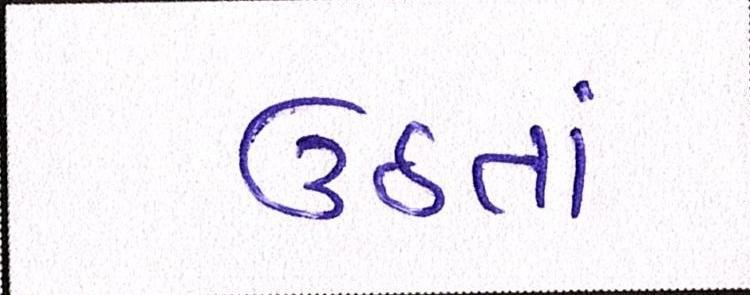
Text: ઉઠતાં